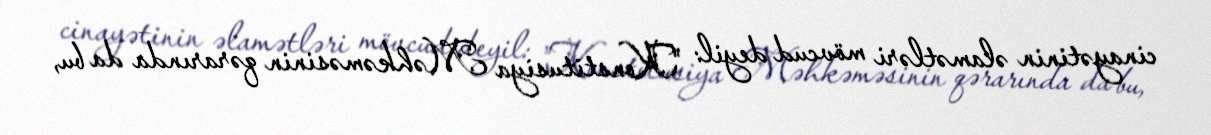
cinayətinin əlamətləri mövcud deyil: "Konstitusiya Məhkəməsinin qərarında da bu,